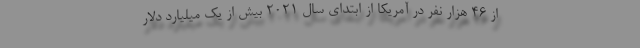
از ۴۶ هزار نفر در آمریکا از ابتدای سال ۲۰۲۱ بیش از یک میلیارد دلار